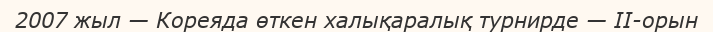
2007 жыл — Кореяда өткен халықаралық турнирде — ІІ-орын